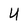
Character: U